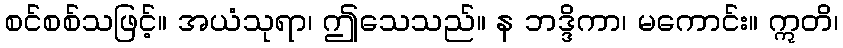
စင်စစ်သဖြင့်။ အယံသုရာ၊ ဤသေသည်။ န ဘဒ္ဒိကာ၊ မကောင်း။ ဣတိ၊